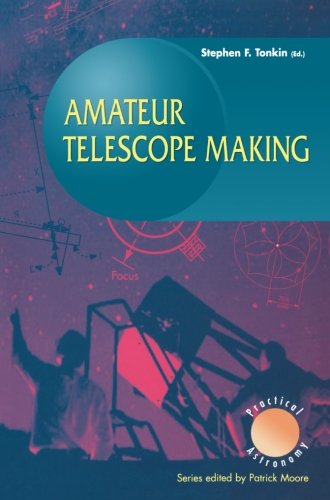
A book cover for Amateur Telescope Making (The Patrick Moore Practical Astronomy Series); Science & Math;